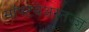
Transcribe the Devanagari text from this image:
सॉफ्टवेअरतज्ज्ञ